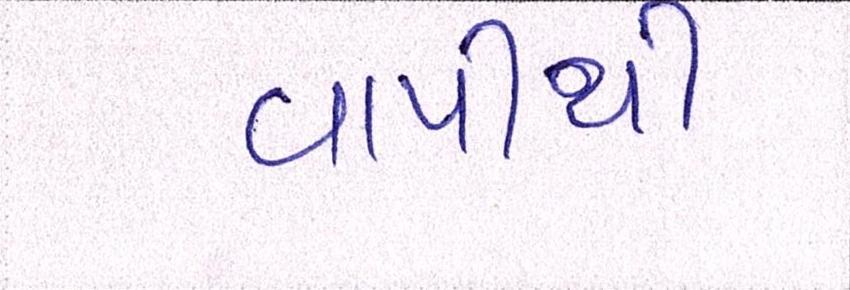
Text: વાપીથી